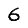
Digit: 6